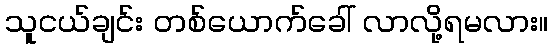
သူငယ်ချင်း တစ်ယောက်ခေါ် လာလို့ရမလား။